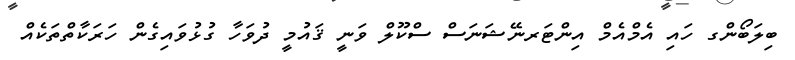
ބިލަބޯންގ ހައި އެމްއެމް އިންޓަރނޭޝަނަސް ސްކޫލް ވަނީ ޤައުމީ ދުވަހާ ގުޅުވައިގެން ހަރަކާތްތަކެއް